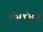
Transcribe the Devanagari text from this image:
लीलांद्वारे